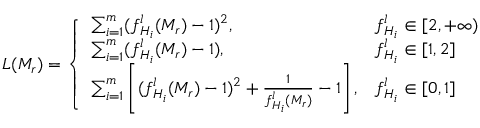
L ( \boldsymbol { M _ { r } } ) = \left\{ \begin{array} { l l } { \sum _ { i = 1 } ^ { m } ( f _ { \boldsymbol { H _ { i } } } ^ { l } ( \boldsymbol { M _ { r } } ) - 1 ) ^ { 2 } , } & { f _ { \boldsymbol { H _ { i } } } ^ { l } \in [ 2 , + \infty ) } \\ { \sum _ { i = 1 } ^ { m } ( f _ { \boldsymbol { H _ { i } } } ^ { l } ( \boldsymbol { M _ { r } } ) - 1 ) , } & { f _ { \boldsymbol { H _ { i } } } ^ { l } \in [ 1 , 2 ] } \\ { \sum _ { i = 1 } ^ { m } \left[ ( f _ { \boldsymbol { H _ { i } } } ^ { l } ( \boldsymbol { M _ { r } } ) - 1 ) ^ { 2 } + \frac { 1 } { f _ { \boldsymbol { H _ { i } } } ^ { l } ( \boldsymbol { M _ { r } } ) } - 1 \right] , } & { f _ { \boldsymbol { H _ { i } } } ^ { l } \in [ 0 , 1 ] } \end{array} \right.